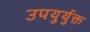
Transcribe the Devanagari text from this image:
उपयुर्युक्त